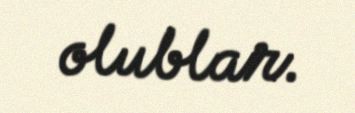
olublar.